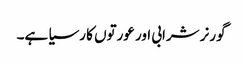
گورنر شرابی اور عورتوں کا رسیا ہے۔